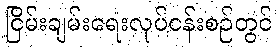
ငြိမ်းချမ်းရေးလုပ်ငန်းစဉ်တွင်